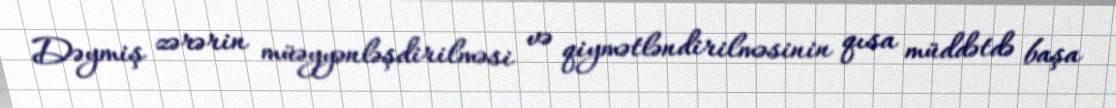
Dəymiş zərərin müəyyənləşdirilməsi və qiymətləndirilməsinin qısa müddətdə başa